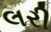
લરી